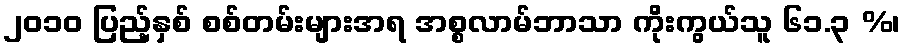
၂၀၁၀ ပြည့်နှစ် စစ်တမ်းများအရ အစ္စလာမ်ဘာသာ ကိုးကွယ်သူ ၆၁.၃ %၊